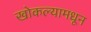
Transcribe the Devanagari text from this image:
खोकल्यामधून